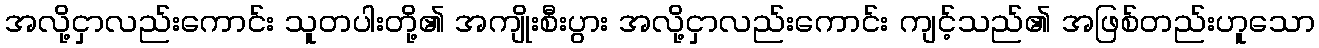
အလို့ငှာလည်းကောင်း သူတပါးတို့၏ အကျိုးစီးပွား အလို့ငှာလည်းကောင်း ကျင့်သည်၏ အဖြစ်တည်းဟူသော